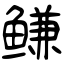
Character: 鳒